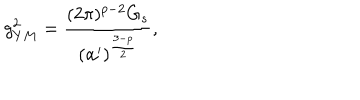
LaTeX: g _ { Y M } ^ { 2 } = \frac { ( 2 \pi ) ^ { p - 2 } G _ { s } } { ( \alpha ^ { \prime } ) ^ { \frac { 3 - p } { 2 } } } ,